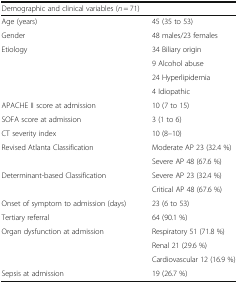
<table><thead><tr><td colspan="2"><b>Demographic and clinical variables (<i>n</i> = 71)</b></td></tr></thead><tbody><tr><td>Age (years)</td><td>45 (35 to 53)</td></tr><tr><td>Gender</td><td>48 males/23 females</td></tr><tr><td rowspan="4">Etiology</td><td>34 Biliary origin</td></tr><tr><td>9 Alcohol abuse</td></tr><tr><td>24 Hyperlipidemia</td></tr><tr><td>4 Idiopathic</td></tr><tr><td>APACHE II score at admission</td><td>10 (7 to 15)</td></tr><tr><td>SOFA score at admission</td><td>3 (1 to 6)</td></tr><tr><td>CT severity index</td><td>10 (8–10)</td></tr><tr><td rowspan="2">Revised Atlanta Classification</td><td>Moderate AP 23 (32.4 %)</td></tr><tr><td>Severe AP 48 (67.6 %)</td></tr><tr><td rowspan="2">Determinant-based Classification</td><td>Severe AP 23 (32.4 %)</td></tr><tr><td>Critical AP 48 (67.6 %)</td></tr><tr><td>Onset of symptom to admission (days)</td><td>23 (6 to 53)</td></tr><tr><td>Tertiary referral</td><td>64 (90.1 %)</td></tr><tr><td rowspan="3">Organ dysfunction at admission</td><td>Respiratory 51 (71.8 %)</td></tr><tr><td>Renal 21 (29.6 %)</td></tr><tr><td>Cardiovascular 12 (16.9 %)</td></tr><tr><td>Sepsis at admission</td><td>19 (26.7 %)</td></tr></tbody></table>